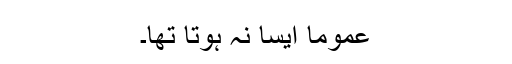
عموماً ایسا نہ ہوتا تھا۔